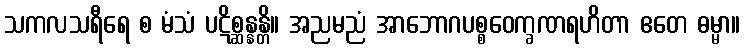
သကလသရီရေ စ မံသံ ပဋိစ္ဆန္နန္တိ။ အညမညံ အာဘောဂပစ္စဝေက္ခဏရဟိတာ ဧတေ ဓမ္မာ။